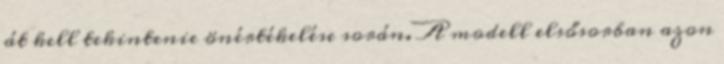
át kell tekintenie önértékelése során. A modell elsősorban azon